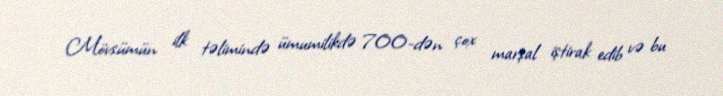
Mövsümün ilk təlimində ümumilikdə 700-dən çox marşal iştirak edib və bu